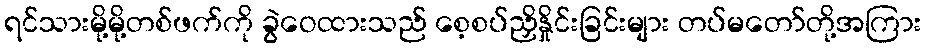
ရင်သားမို့မို့တစ်ဖက်ကို ခွဲဝေထားသည် စေ့စပ်ညှိနှိုင်းခြင်းများ တပ်မတော်တို့အကြား